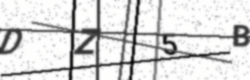
Text: DZ5B